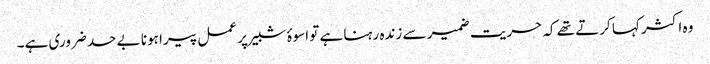
وہ اکثر کہا کرتے تھے کہ حریت ضمیر سے زندہ رہنا ہے تو اسوۂ شبیر پر عمل پیرا ہونا بے حد ضروری ہے۔